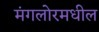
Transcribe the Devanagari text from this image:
मंगलोरमधील